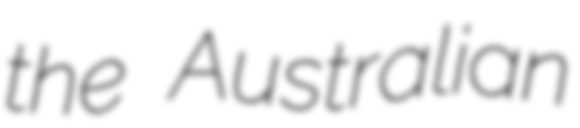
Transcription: the Australian